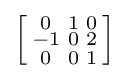
\left[{\begin{smallmatrix}0&1&0\\-1&0&2\\0&0&1\\\end{smallmatrix}}\right]